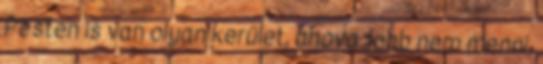
Pesten is van olyan kerület, ahova jobb nem menni,